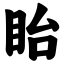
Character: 眙